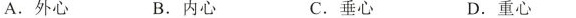
A.外心 B.内心 C.垂心 D.重心